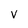
Character: V